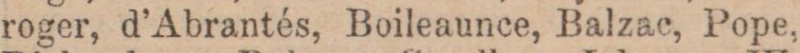
roger, d’Abrantés, Boileaunce, Balzac, Pope,